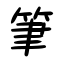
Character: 筆